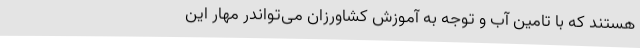
هستند که با تامین آب و توجه به آموزش کشاورزان می‌تواندر مهار این